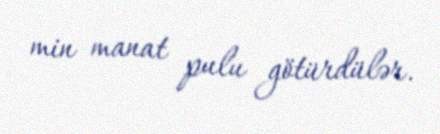
min manat pulu götürdülər.